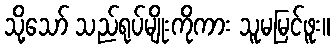
သို့သော် သည်ရုပ်မျိုးကိုကား သူမမြင်ဖူး။